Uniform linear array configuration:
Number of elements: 4
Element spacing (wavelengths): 0.75
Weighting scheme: cosine
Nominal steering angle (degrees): -45
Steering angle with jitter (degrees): -45.938
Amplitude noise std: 0.05
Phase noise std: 0.05

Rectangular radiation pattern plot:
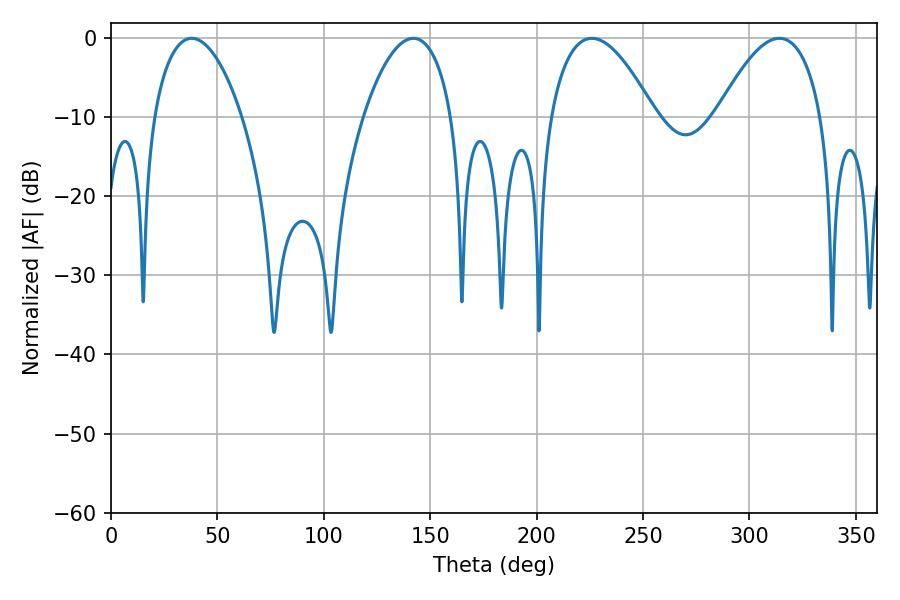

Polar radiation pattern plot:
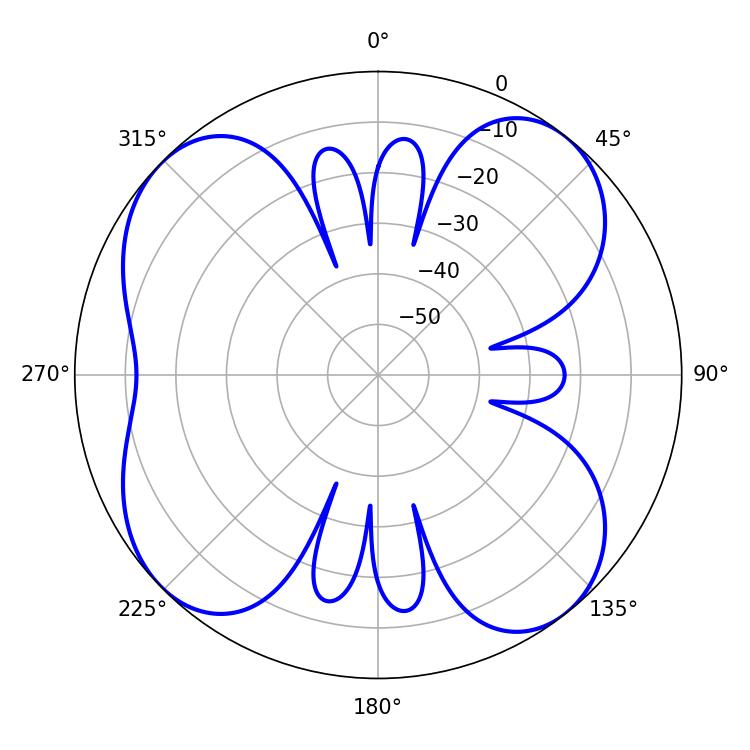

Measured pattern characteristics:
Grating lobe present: TRUE
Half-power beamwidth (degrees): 27
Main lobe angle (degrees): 225.9